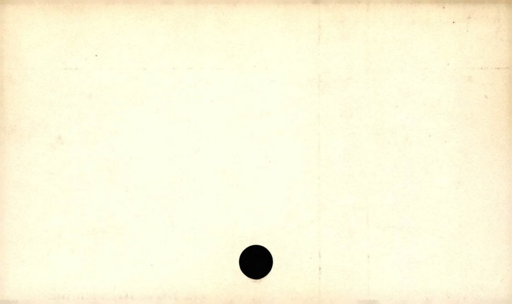
Label: blank